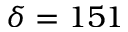
\delta = 1 5 1